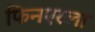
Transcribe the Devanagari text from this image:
फिनएरला